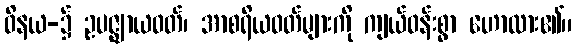
ဝိနယ-၌ ဥပဇ္ဈာယဝတ်၊ အာစရိယဝတ်များကို ကျယ်ဝန်းစွာ ဟောထား၏။